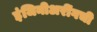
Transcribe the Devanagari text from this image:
इंजिनीअरींगची